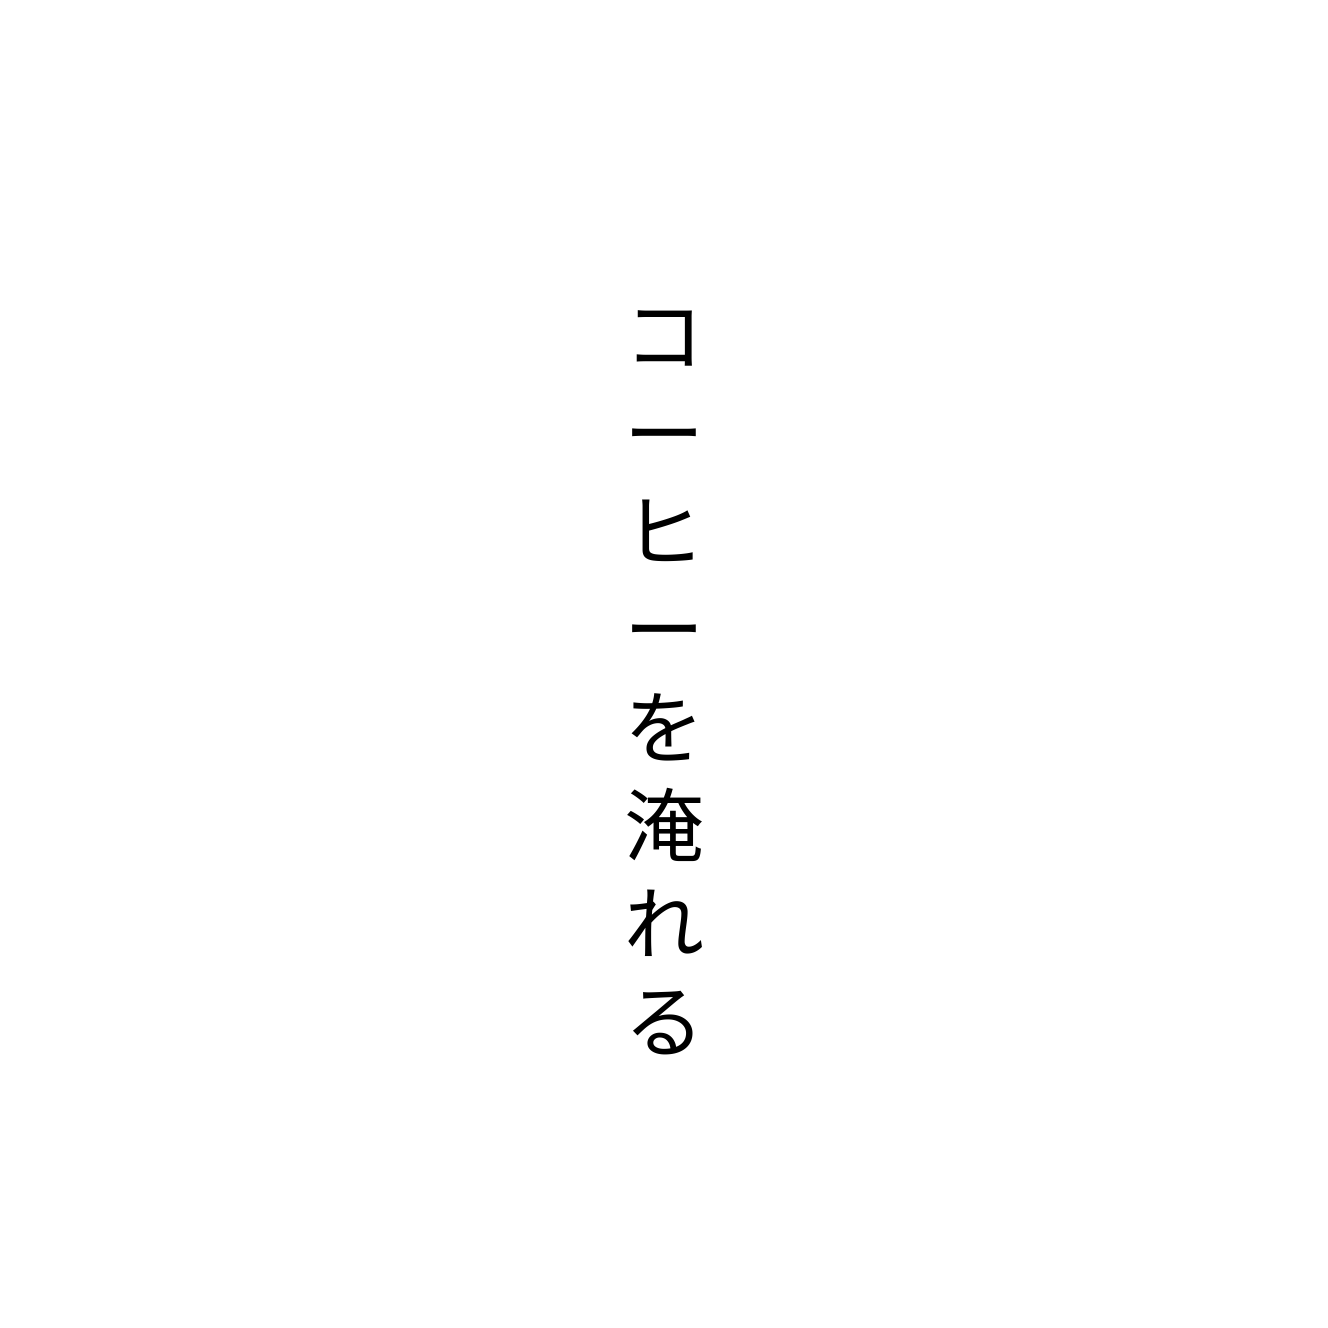
コーヒーを淹れる